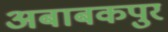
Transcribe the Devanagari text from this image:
अबाबकपुर